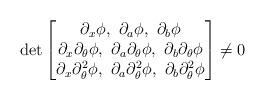
LaTeX: \begin{align*}\det\begin{bmatrix}\partial_x\phi, \ \partial_a\phi, \ \partial_b \phi\\\partial_x\partial_{\theta}\phi, \ \partial_a\partial_{\theta}\phi, \ \partial_b\partial_{\theta} \phi\\\partial_x\partial^2_{\theta}\phi, \ \partial_a\partial^2_{\theta}\phi, \ \partial_b\partial^2_{\theta} \phi\end{bmatrix}\neq 0\end{align*}